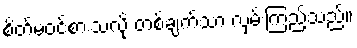
စိတ်မဝင်စားသလို တစ်ချက်သာ လှမ်းကြည့်သည်။